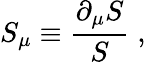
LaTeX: S_{\mu}\equiv\frac{\partial_{\mu}S}{S}\; ,